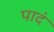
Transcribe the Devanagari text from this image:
पादं